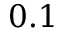
0 . 1